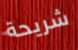
شريحة